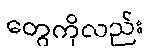
တွေကိုလည်း